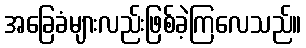
အခြေခံများလည်းဖြစ်ခဲ့ကြလေသည်။